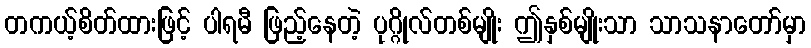
တကယ့်စိတ်ထားဖြင့် ပါရမီ ဖြည့်နေတဲ့ ပုဂ္ဂိုလ်တစ်မျိုး ဤနှစ်မျိုးသာ သာသနာတော်မှာ